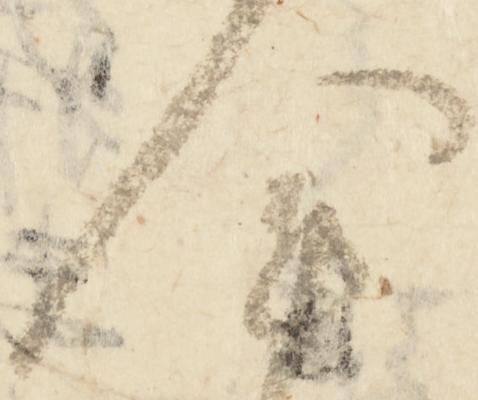
会